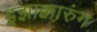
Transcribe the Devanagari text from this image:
इझाक्कारुंग